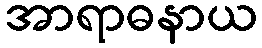
အာရာဓနာယ